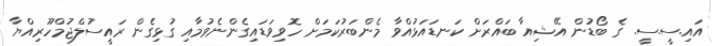
އައި.ސީ.ސީ. ގެ ބޯޑުން އޭޝިއާ ބައްރަށް ކަނޑައަޅުއްވާ މެންބަރުކަމަށް ހޮވިވަޑައިގެންނެވުމާއި ގުޅިގެން ރައީސުލްޖުމްހޫރިއްޔާ